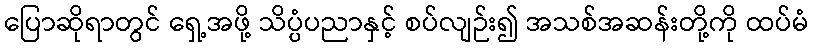
ပြောဆိုရာတွင် ရှေ့အဖို့ သိပ္ပံပညာနှင့် စပ်လျဉ်း၍ အသစ်အဆန်းတို့ကို ထပ်မံ